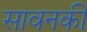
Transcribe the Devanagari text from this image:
सावनकी